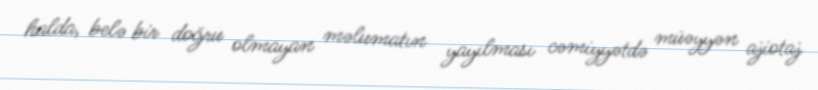
halda, belə bir doğru olmayan məlumatın yayılması cəmiyyətdə müəyyən ajiotaj